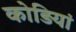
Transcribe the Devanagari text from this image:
कोड़ियां